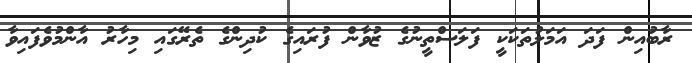
ރާބުއިން ފަދަ އަމަލުތަކަކީ ފަލަސްތީނުގެ ޒުވާން ފުރައިގެ ކުދިންގެ ތެރޭގައި މިހާރު އާންމުވެފައިވާ